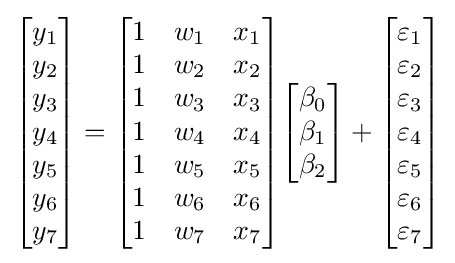
{\begin{bmatrix}y_{1}\\y_{2}\\y_{3}\\y_{4}\\y_{5}\\y_{6}\\y_{7}\end{bmatrix}}={\begin{bmatrix}1&w_{1}&x_{1}\\1&w_{2}&x_{2}\\1&w_{3}&x_{3}\\1&w_{4}&x_{4}\\1&w_{5}&x_{5}\\1&w_{6}&x_{6}\\1&w_{7}&x_{7}\end{bmatrix}}{\begin{bmatrix}\beta _{0}\\\beta _{1}\\\beta _{2}\end{bmatrix}}+{\begin{bmatrix}\varepsilon _{1}\\\varepsilon _{2}\\\varepsilon _{3}\\\varepsilon _{4}\\\varepsilon _{5}\\\varepsilon _{6}\\\varepsilon _{7}\end{bmatrix}}